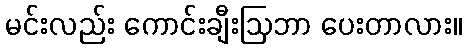
မင်းလည်း ကောင်းချီးဩဘာ ပေးတာလား။